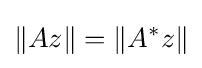
\|Az\|=\left\|A^{*}z\right\|